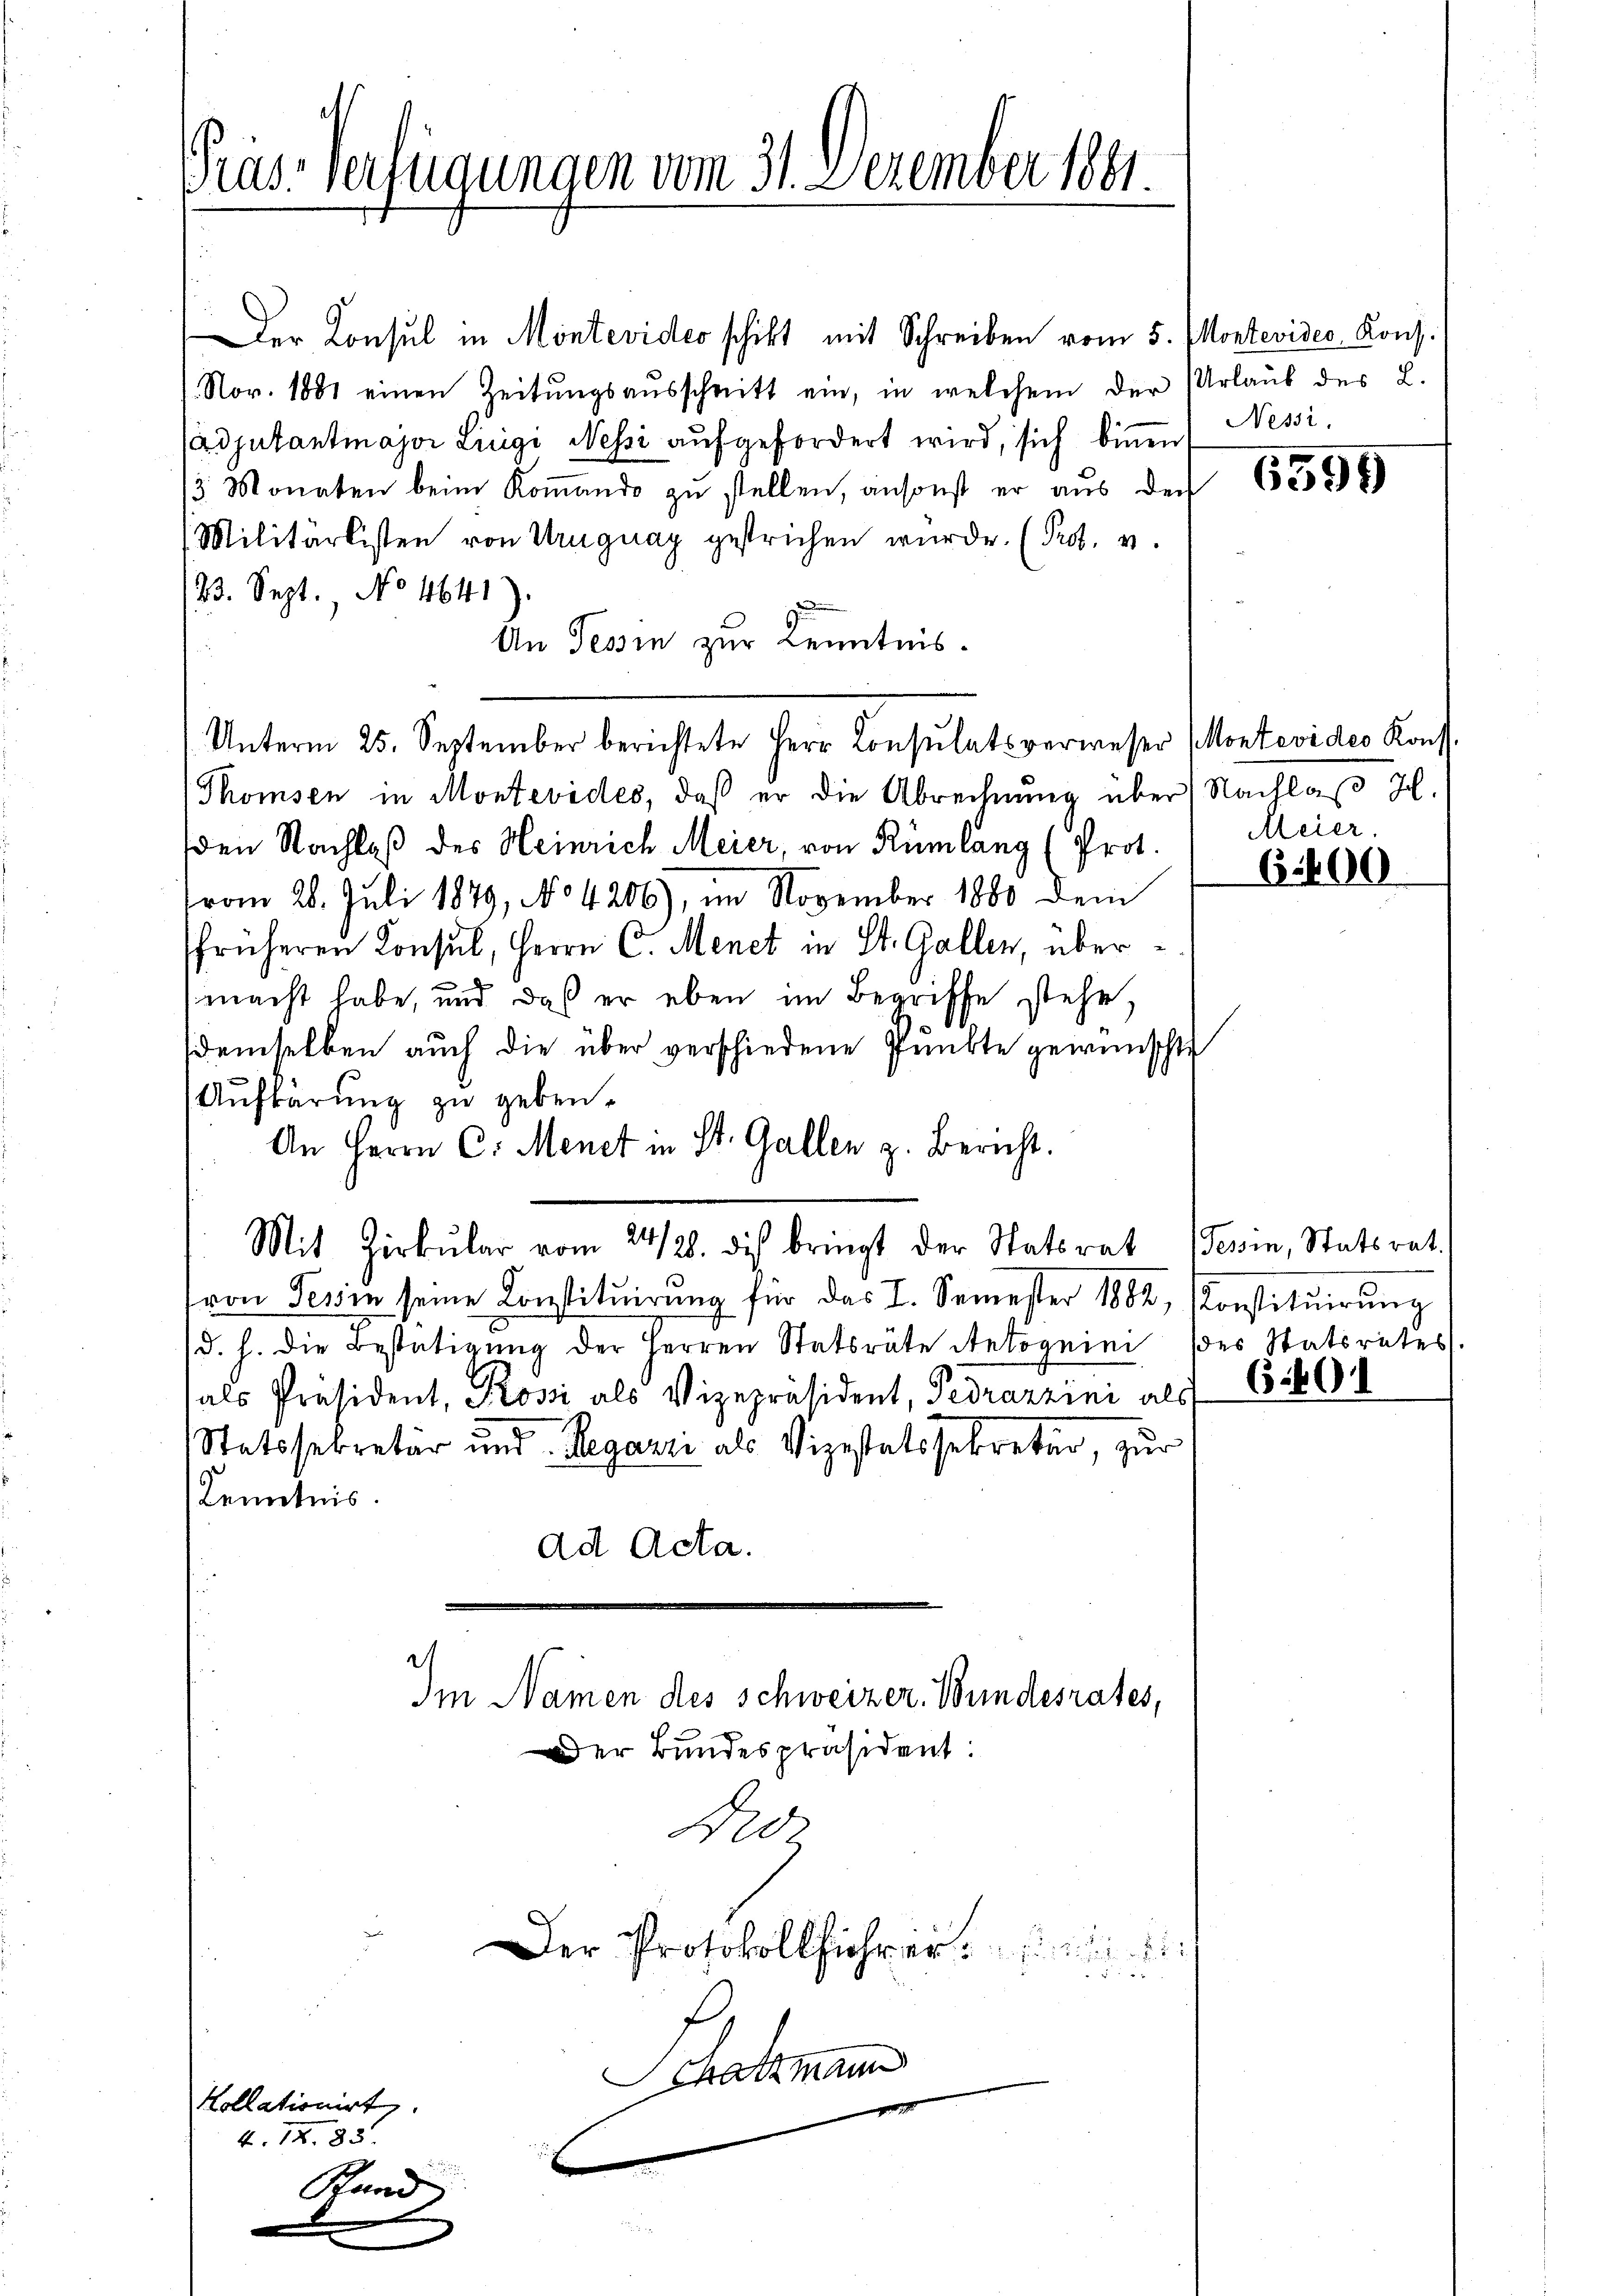
Präs. Verfügungen vom 31. Dezember 1861.

Der Konsul in Montevides schikt mit Schreiben vom 5. Montevides Kons.
Nov. 1881 einen Zeitungsausschnitt ein, in welchem der Urlaub des L.
Adjutantmajor Luigi Nessi aŭfgefordert wird, sich binnen
3 Monaten beim Koṁando zŭ stellen, ansonst er aus der
Militärlisten von Uruguay gestrichen würde. (Pros. v.
23. Sept. No 4641)
An Tessin zur Kenntnis.
Unterm 25. September berichtete Herr Consulatsverweser Montevides Konst
Thomsen in Montevides, daß er die Abrechnung über (Nachlaß H.
den Nachlaß des Heinrich Meier, von Rümlang (Prot.
vom 26. Juli 1879, No 4206), im November 1880 dem
früheren Konsul, Herrn C. Menet in St. Gallen, übermacht habe, und daß er eben im Begriffe stehe,
demselben auch die über verschiedene Punkte gewünschte
Aŭfbarŭng zu geben.
An Herrn C. Menet in St. Gallen z. Bericht.
Mit Zirkŭlar vom 24/28. dis bringt der Statsrat (Tessin, Statsrat.
von Tessin seine Constituirung für das I. Semester 1882, Konstituirung
(d. h. die Bestätigung der Herren Statsräte Rekognini (des Statsrates.
als Präsident, Posii als Vizepräsident, Pedrazzini als
Statssekretär und Regarri als Vizestatssekreter, zur
Kenntnis.
ad Acta.
Im Namen des Schweizer. Wundesrates,
Der Bundespräsident:
Dro
.
Der Protokollführer. In ein
3
chatzmann
Kollationirt

4. 12. 83.

Kund

Nessi.

6595

Meier.

61400

691